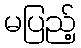
မပြည့်